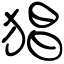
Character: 猖